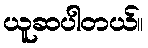
ယူဆပါတယ်။